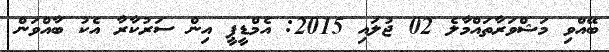
ބޭއްވި މަޝްވަރާތައްމާލެ 02 ޖުލައި 2015: އެމްޑީޕީ އިން ސަރުކާރާ އެކު ބާއްވަން